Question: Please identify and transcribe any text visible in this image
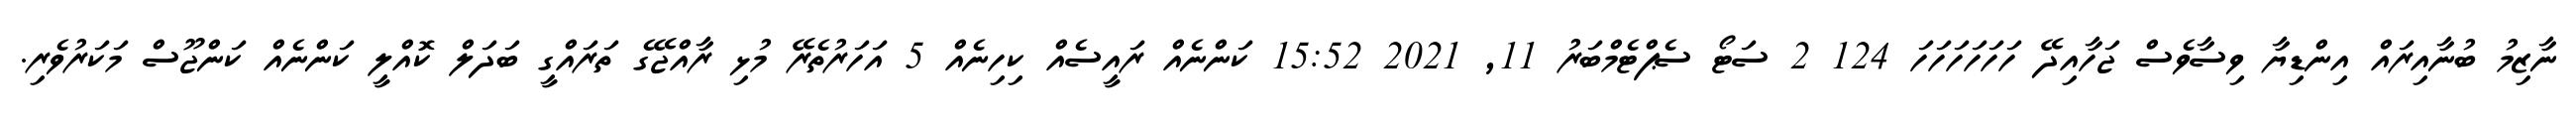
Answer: ނާޒިމު ބުނާއިރައް އިންޑިޔާ ވިސާވެސް ޖަހާއިދޭ ހަހަހަހަހަހަ 124 2 ސަޓޯ ސެޕްޓެމްބަރު 11, 2021 15:52 ކަންނެއް ރައީސެއް ކިހިނެއް 5 އަހަރުތެރޭ މުޅި ރާއްޖޭގެ ތަރައްގީ ބަދަލް ކޮއްލީ ކަންނެއް ކަންޖޫސް މަކަރުވެރި.